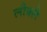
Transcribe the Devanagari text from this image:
लौक्ले